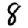
Digit: 8